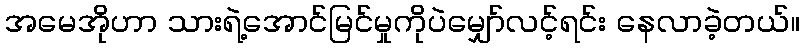
အမေအိုဟာ သားရဲ့အောင်မြင်မှုကိုပဲမျှော်လင့်ရင်း နေလာခဲ့တယ်။